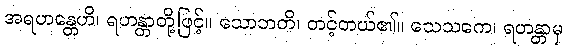
အရဟန္တေဟိ၊ ရဟန္တာတို့ဖြင့်။ သောဘတိ၊ တင့်တယ်၏။ သေသကေ၊ ရဟန္တာမှ